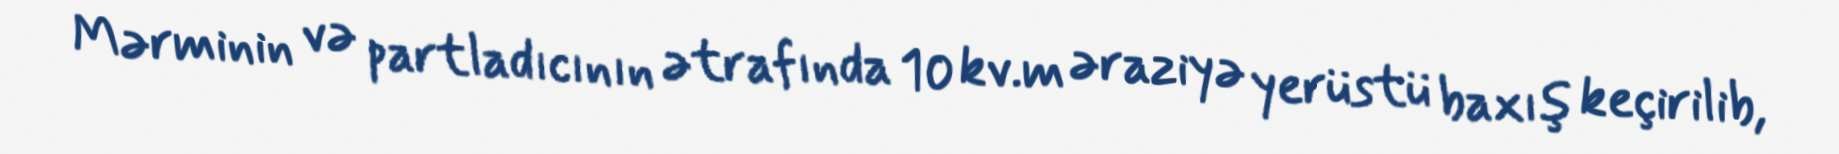
Mərminin və partladıcının ətrafında 10 kv.m əraziyə yerüstü baxış keçirilib,